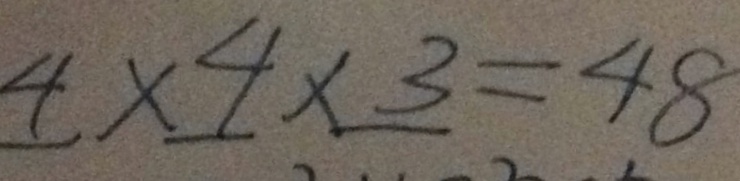
4 \times 4 \times 3 = 4 8